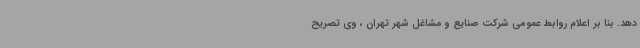
دهد. بنا بر اعلام روابط عمومی شرکت صنایع و مشاغل شهر تهران ، وی تصریح